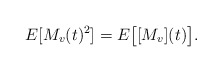
\begin{align*}E[M_v(t)^2]=E\big[[M_v](t)\big].\end{align*}